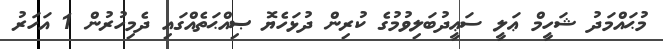
މުޙައްމަދު ޝަހީމް ޢަލީ ސަޢީދުބަލިވުމުގެ ކުރިން ދުޅަހެޔޮ ޞިއްޙަތެއްގައި ދެމިހުރުން 1 އަހަރު